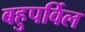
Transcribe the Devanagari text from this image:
बहुपर्विल